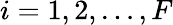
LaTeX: i=1,2,\dots,F